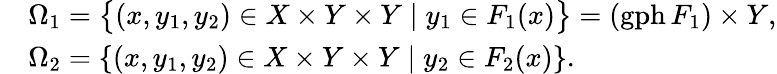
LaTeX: \begin{array}{r}{\begin{array}{ll}&{\Omega_{1}=\big\{ (x,y_{1},y_{2})\in X\times Y\times Y\; |\; y_{1}\in F_{1}(x)\big\} =(\mathrm{gph}\, F_{1})\times Y,}\\ &{\Omega_{2}=\{ (x,y_{1},y_{2})\in X\times Y\times Y\; |\; y_{2}\in F_{2}(x)\} .}\end{array}}\end{array}